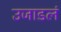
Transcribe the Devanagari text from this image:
उजाडलं